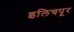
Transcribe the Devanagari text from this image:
इलिचपूर